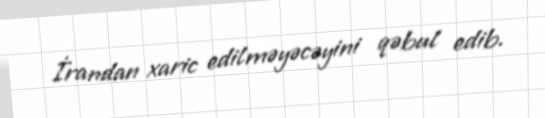
İrandan xaric edilməyəcəyini qəbul edib.